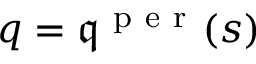
q = \mathfrak { q } ^ { \mathrm { ~ p ~ e ~ r ~ } } ( s )